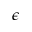
\epsilon